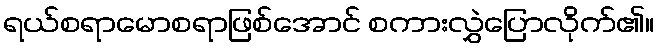
ရယ်စရာမောစရာဖြစ်အောင် စကားလွှဲပြောလိုက်၏။